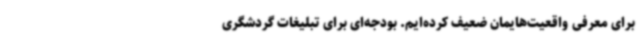
برای معرفی واقعیت‌هایمان ضعیف کرده‌ایم. بودجه‌ای برای تبلیغات گردشگری